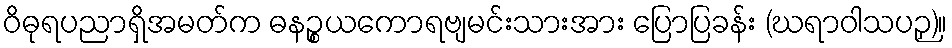
ဝိဓုရပညာရှိအမတ်က ဓနဉ္စယကောရဗျမင်းသားအား ပြောပြခန်း (ဃရာဝါသပဉှ)။